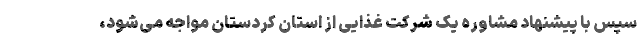
سپس با پیشنهاد مشاوره یک شرکت غذایی از استان کردستان مواجه می‌شود،